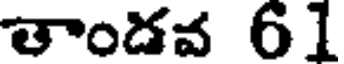
తాండవ 61